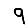
Digit: 9